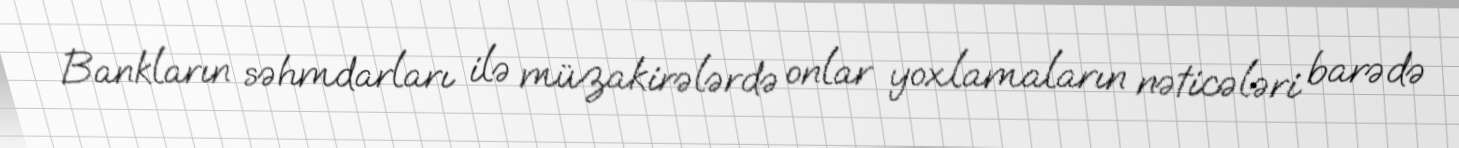
Bankların səhmdarları ilə müzakirələrdə onlar yoxlamaların nəticələri barədə